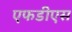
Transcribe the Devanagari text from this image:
एफडीएस